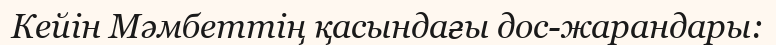
Кейін Мәмбеттің қасындағы дос-жарандары: